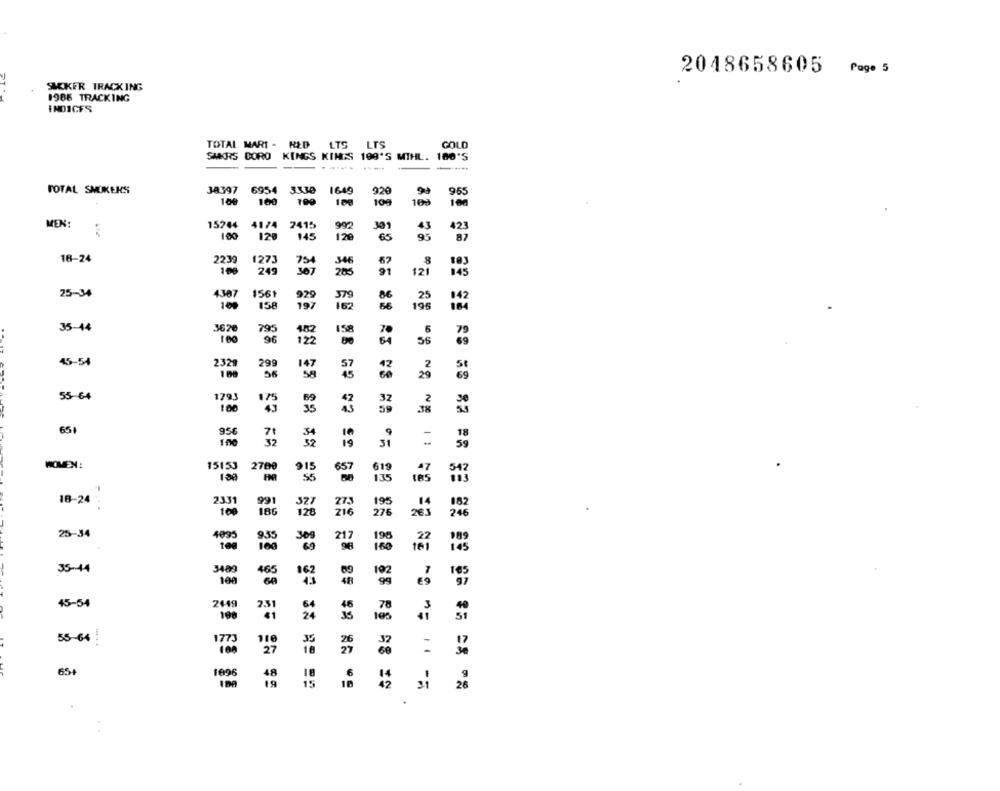
2048658605 Page 5
SACKFR TRACKING
1966 TRACKING
INDICES
TOTAL MARI - RED
LTS
GOLD
SAKRS DORO KINGS KINGS 199'S MIHL. 180'S
-
TOTAL SMOKERS
38397 6954
3330
1649
920
955
100
100
199
109
100
MEN:
15244
4174
2415
992
301
43
423
100
120
145
120
65
95
87
16-24
2239
1273
34
8
100
754
249
307
205
91
121
145
25-34
4387
1561
929
379
86
25
142
100
158
197
162
66
196
184
35-44
3620
795
482
15
70
..
100
96
64
IN ON
45-54
2329
299
57
45
56
58
55-64
1793
175
32
100
59
651
956
7
9
18
100
32
19
31
59
WOMEN
15153
2700
619
542
915
657
47
180
55
135
IRS
193
18-24
. .
2331
991
527
27.3
195
14
182
100
186
128
216
276
263
246
25-34
4095
4095
9.55
309
217
195
189
109
69
180
145
35-44
3400
465
69
102
162
190
43
99
97
2449
45-54
2.31
100
"=
55-64
100
27
35
16
65+
1696
18
48
6
19
15
= ==